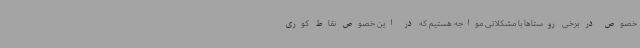
خصوص در برخی روستاها با مشکلاتی مواجه هستیم که در این خصوص نقاط کوری